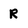
Character: R